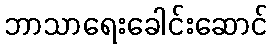
ဘာသာရေးခေါင်းဆောင်